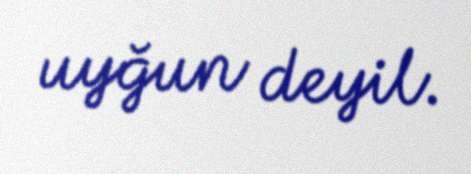
uyğun deyil.